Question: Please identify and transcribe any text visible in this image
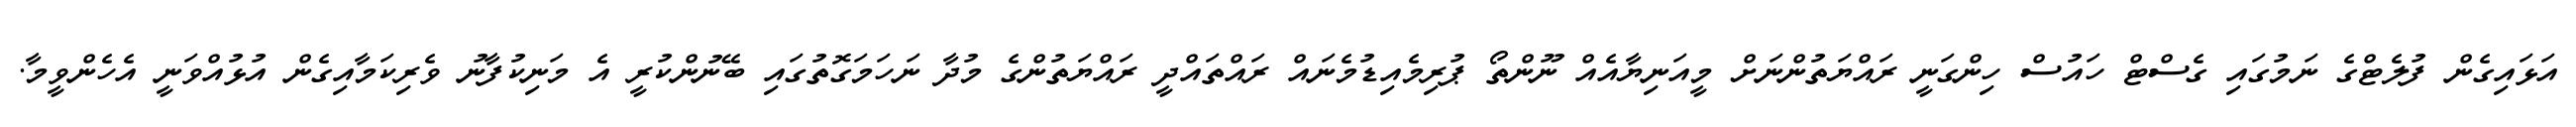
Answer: އަޅައިގެން ފުލެޓްގެ ނަމުގައި ގެސްޓް ހައުސް ހިންގަނީ ރައްޔަތުންނަށް މީއަނިޔާއެއް ނޫންތޯ ޕުރިމެއިޑުމެނައް ރައްތައްދީ ރައްޔަތުންގެ މުދާ ނަހަމަގޮތުގައި ބޭނުންކުރީ އެ މަނިކުފާނު ވެރިކަމާއިގެން އުޅުއްވަނީ އެހެންވީމާ.